Lunatic asylums in Bengal annual reports 1899-1911 - 1899-1911
Year: 1899
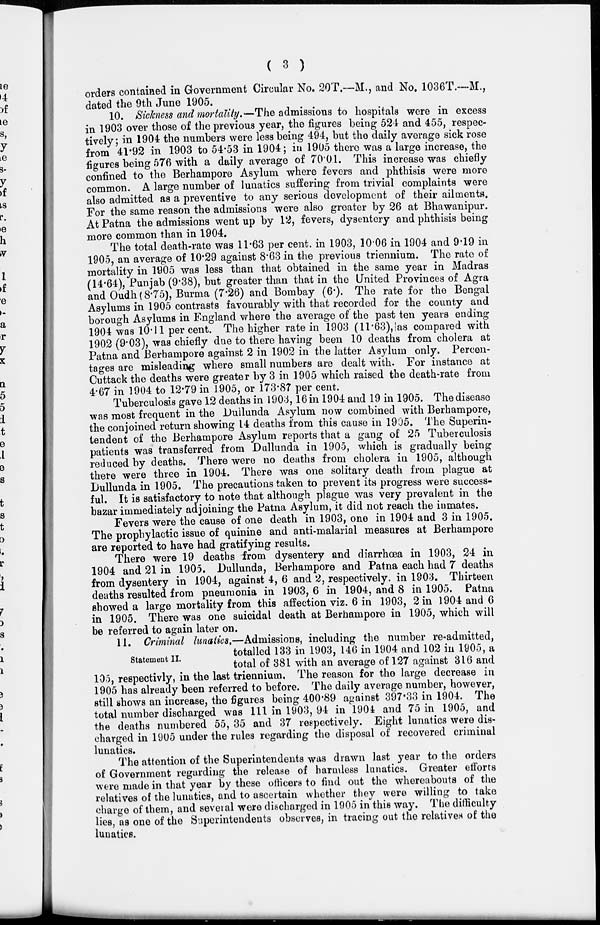
( 3 )
orders contained in Government Circular No. 20T.—M., and No. 1036T.—M.,
dated the 9th June 1905.
10. Sickness and mortality.—The admissions to hospitals were in excess
in 1903 over those of the previous year, the figures being 524 and 455, respec-
tively; in 1904 the numbers were less being 494, but the daily average sick rose
from 41.92 in 1903 to 54.53 in 1904; in 1905 there was a large increase, the
figures being 576 with a daily average of 70.01. This increase was chiefly
confined to the Berhampore Asylum where fevers and phthisis were more
common. A large number of lunatics suffering from trivial complaints were
also admitted as a preventive to any serious development of their ailments.
For the same reason the admissions were also greater by 26 at Bhawanipur.
At Patna the admissions went up by 12, fevers, dysentery and phthisis being
more common than in 1904.
The total death-rate was 11.63 per cent. in 1903, 10.06 in 1904 and 9.19 in
1905, an average of 10.29 against 8.63 in the previous triennium. The rate of
mortality in 1905 was less than that obtained in the same year in Madras
(14.64), Punjab (9.38), but greater than that in the United Provinces of Agra
and Oudh (8.75), Burma (7.26) and Bombay (6.). The rate for the Bengal
Asylums in 1905 contrasts favourably with that recorded for the county and
borough Asylums in England where the average of the past ten years ending
1904 was 10.11 per cent. The higher rate in 1903 (11.63), as compared with
1902 (9.03), was chiefly due to there having been 10 deaths from cholera at
Patna and Berhampore against 2 in 1902 in the latter Asylum only. Percen-
tages are misleading where small numbers are dealt with. For instance at
Cuttack the deaths were greater by 3 in 1905 which raised the death-rate from
4.67 in 1904 to 12.79 in 1905, or 173.87 per cent.
Tuberculosis gave 12 deaths in 1903, 16 in 1904 and 19 in 1905. The disease
was most frequent in the Dullunda Asylum now combined with Berhampore,
the conjoined return showing 14 deaths from this cause in 1905. The Superin-
tendent of the Berhampore Asylum reports that a gang of 25 Tuberculosis
patients was transferred from Dullunda in 1905, which is gradually being
reduced by deaths. There were no deaths from cholera in 1905, although
there were three in 1904. There was one solitary death from plague at
Dullunda in 1905. The precautions taken to prevent its progress were success-
ful. It is satisfactory to note that although plague was very prevalent in the
bazar immediately adjoining the Patna Asylum, it did not reach the inmates.
Fevers were the cause of one death in 1903, one in 1904 and 3 in 1905.
The prophylactic issue of quinine and anti-malarial measures at Berhampore
are reported to have had gratifying results.
There were 19 deaths from dysentery and diarrhœa in 1903, 24 in
1904 and 21 in 1905. Dullunda, Berhampore and Patna each had 7 deaths
from dysentery in 1904, against 4, 6 and 2, respectively. in 1903. Thirteen
deaths resulted from pneumonia in 1903, 6 in 1904, and 8 in 1905. Patna
showed a large mortality from this affection viz. 6 in 1903, 2 in 1904 and 6
in 1905. There was one suicidal death at Berhampore in 1905, which will
be referred to again later on.
Statement II
11. Criminal lunatics.—Admissions, including the number re-admitted,
totalled 133 in 1903, 146 in 1904 and 102 in 1905, a
total of 381 with an average of 127 against 316 and
105, respectivly, in the last triennium. The reason for the large decrease in
1905 has already been referred to before. The daily average number, however,
still shows an increase, the figures being 400.89 against 397.33 in 1904. The
total number discharged was 111 in 1903, 94 in 1904 and 75 in 1905, and
the deaths numbered 55, 35 and 37 respectively. Eight lunatics were dis-
charged in 1905 under the rules regarding the disposal of recovered criminal
lunatics.
The attention of the Superintendents was drawn last year to the orders
of Government regarding the release of harmless lunatics. Greater efforts
were made in that year by these officers to find out the whereabouts of the
relatives of the lunatics, and to ascertain whether they were willing to take
charge of them, and several were discharged in 1905 in this way. The difficulty
lies, as one of the Superintendents observes, in tracing out the relatives of the
lunatics.